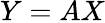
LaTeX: Y=AX